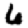
Digit: 6